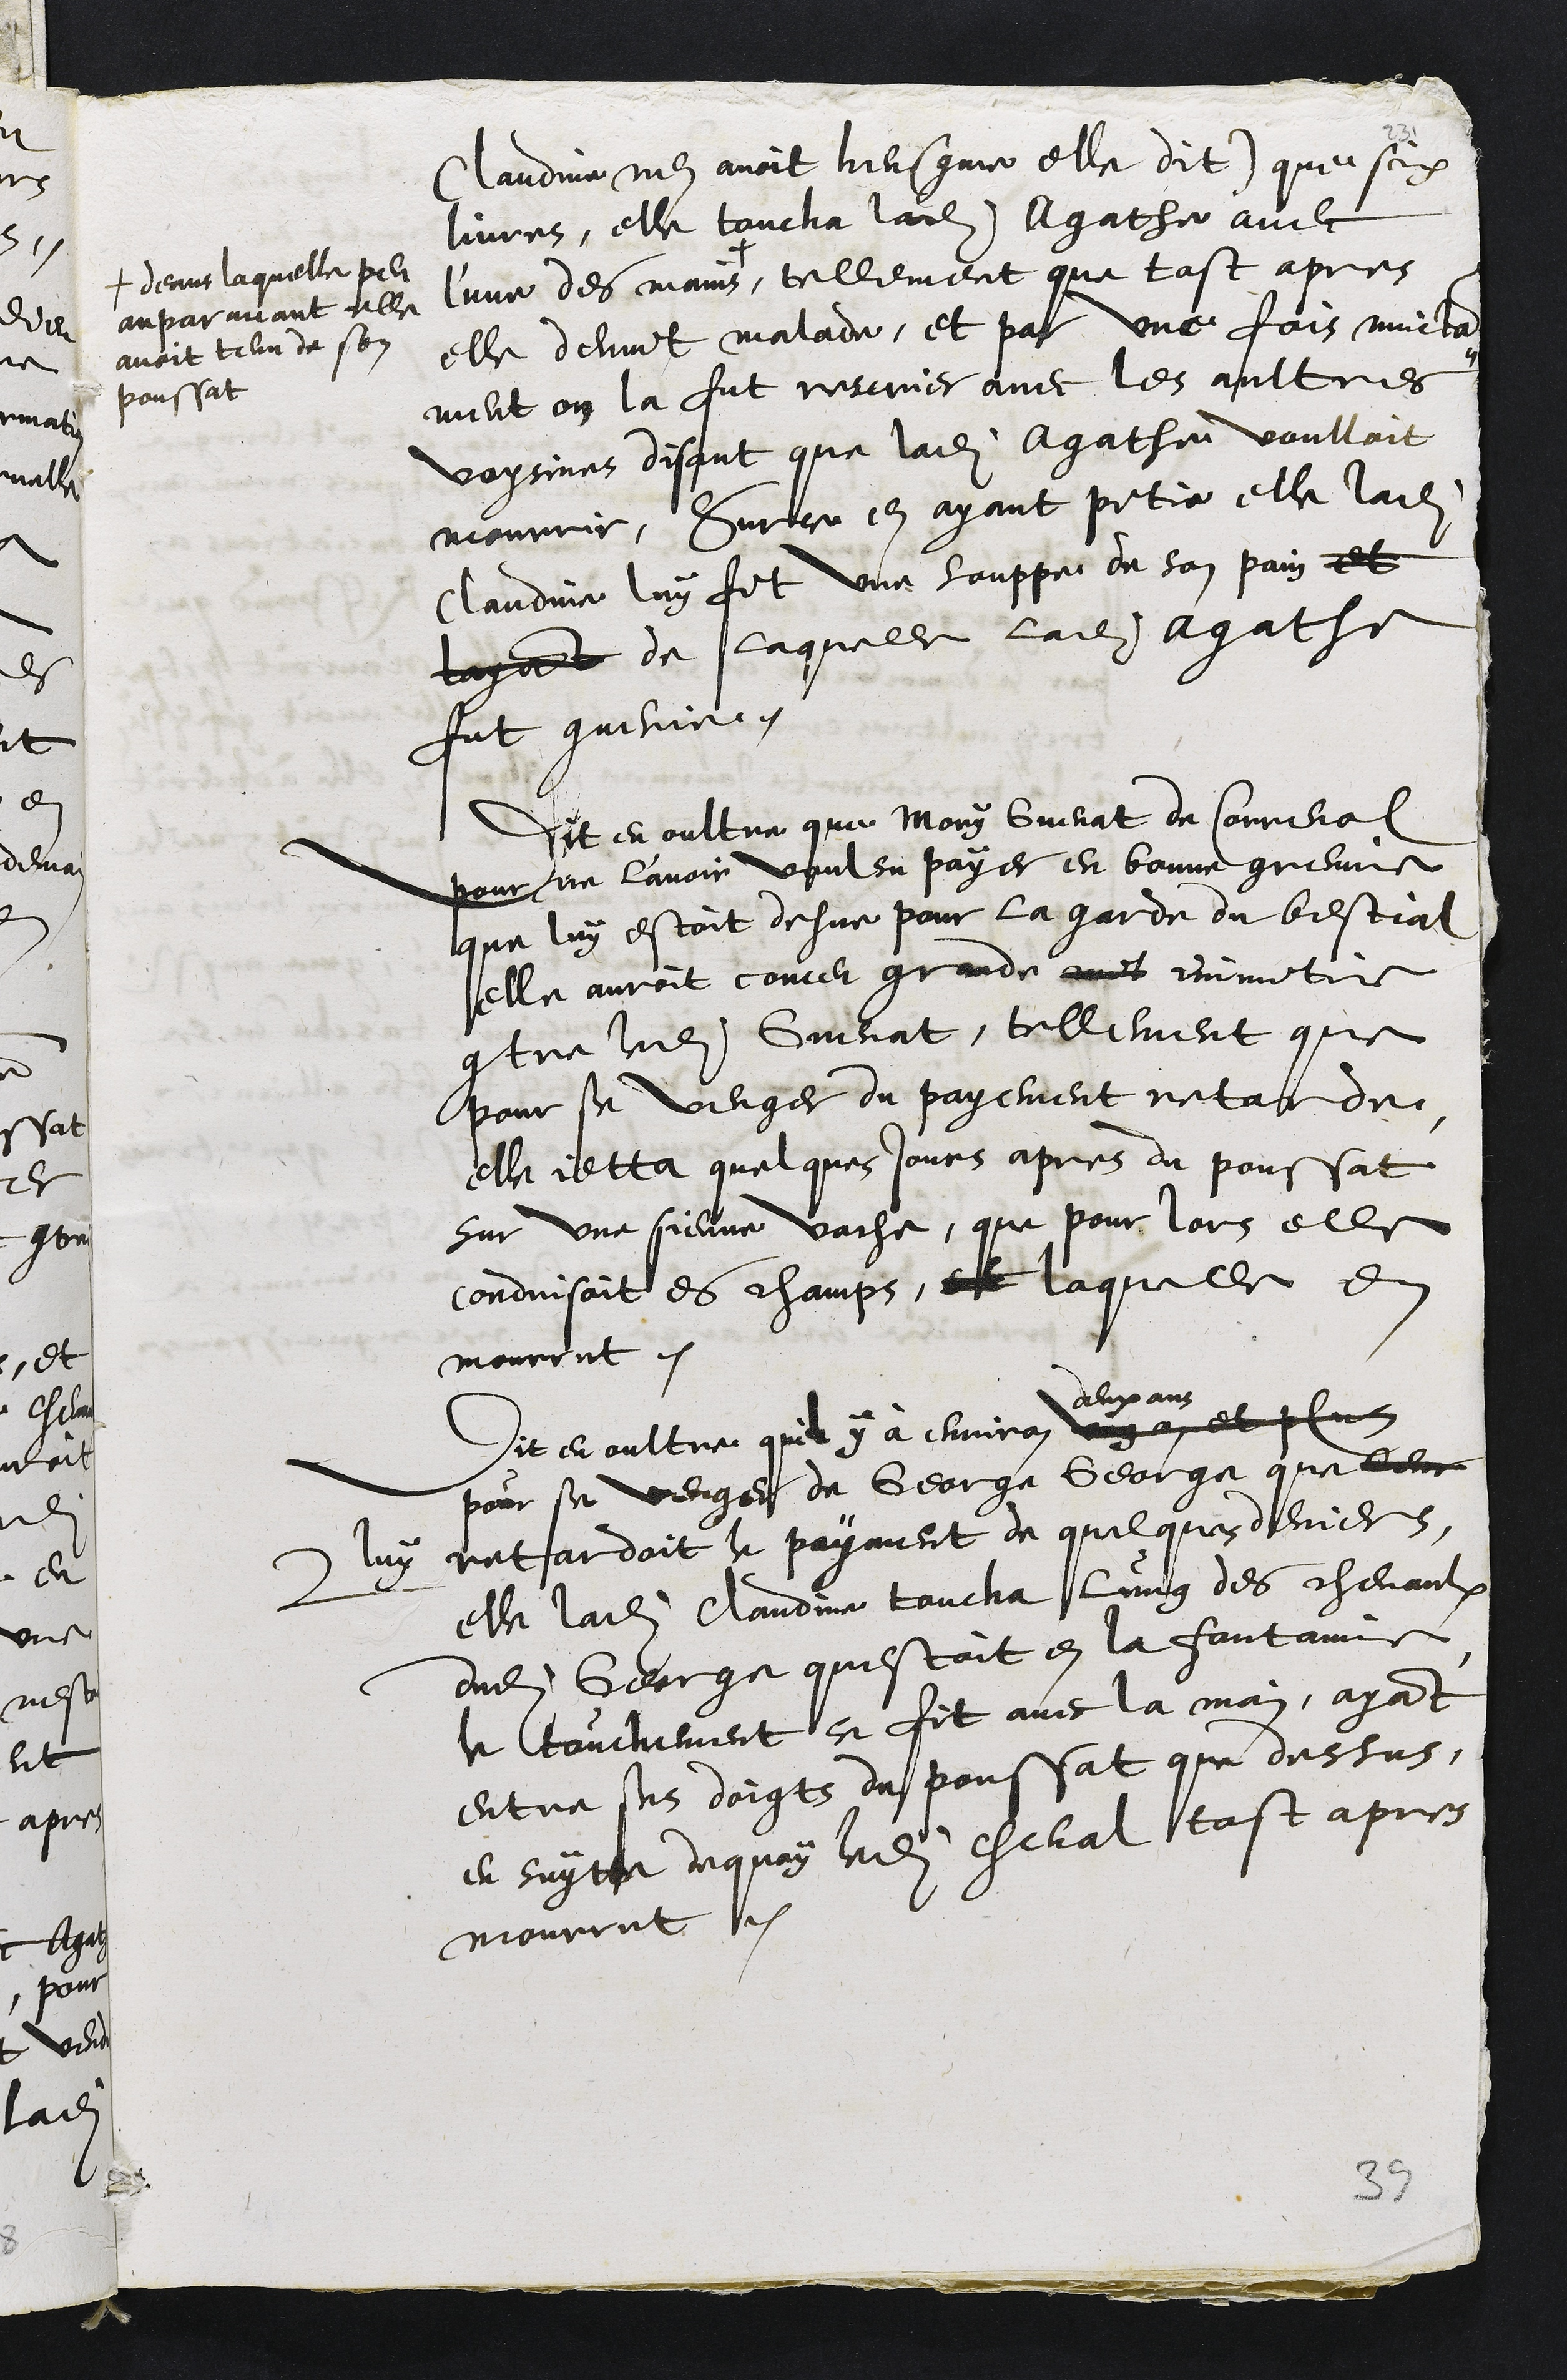
Clauda nen avoit ausque elle dit que six
livrez, elle toucha ladite Agathe avec
lune des main
# deans laquelle peu
auparavant elle
avoit tel de son
poussat
, tellement que tost apres
elle devint malade, et pas une fois nuicta
ment on la fut rernier avec les aultres
voisinez, disant que ladite Agatheu voulloit
mourrir, sur en ayant petit elle ladite
Claudie luy fit une souppes de son pain et
tapad de laquelle ladite agathe
fut guerie
Et en oultre que mary Guenat de sourcial
pour sur lavoir voulsu payer en bonne greve
que luy estoit desne pour la garde du bestial
elle auroit comme grande ans ommitie
contre ladite Guenat, tellement que
pour se venger du payement retat du
elle itra quelques jours apres du poussat
sur une sienne vache, que pour lors elle
conduisoit es champs, et laquelle et
mourut.
dix ans
Dit en oultre quil y à environ ung an et plus
pour sa venger de George George que len
luy natardoit le paynent de quelque deviers.
2
elle ladite Claude toucha lung des chevaulx
dudit George questoit en la fontaine
tanchement se fit avec la may, ayant
entre suz doigs du poussat que dessus,
en suyte de quoy ladite cheval tost apres
mourut ne